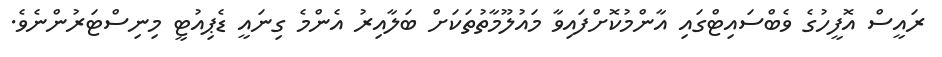
ރައީސް އޮފީހުގެ ވެބްސައިޓްގައި އާންމުކޮށްފައިވާ މައުލޫމާތުތަކަށް ބަލާއިރު އެންމެ ގިނައީ ޑެޕިއުޓީ މިނިސްޓަރުންނެވެ.